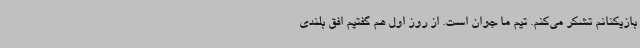
بازیکنانم تشکر می‌کنم. تیم ما جوان است. از روز اول هم گفتیم افق بلندی